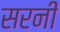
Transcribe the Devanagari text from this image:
सरनी